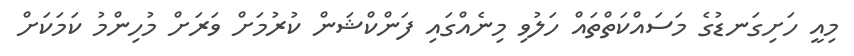
މިއީ ހަށިގަނޑުގެ މަސައްކަތްތައް ހަލުވި މިނެއްގައި ފަންކްޝަން ކުރުމަށް ވަރަށް މުހިންމު ކަމަކަށް